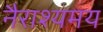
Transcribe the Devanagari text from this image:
नैराश्यमय